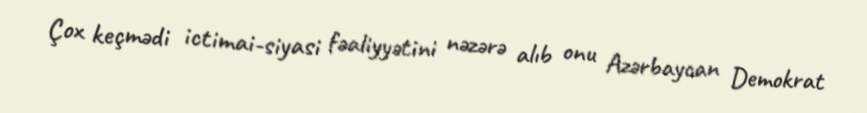
Çox keçmədi ictimai-siyasi fəaliyyətini nəzərə alıb onu Azərbaycan Demokrat